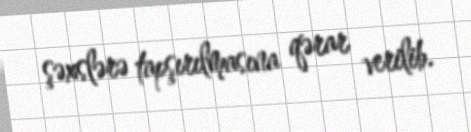
şəxslərə tapşırılmasına qərar verilib.